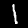
Digit: 1